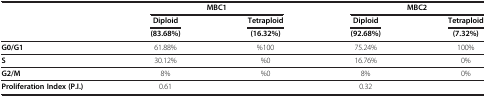
|  | <COLSPAN=2> MBC1 | <COLSPAN=2> MBC2 |
 |  | Diploid | Tetraploid | Diploid | Tetraploid |
 |  | (83.68%) | (16.32%) | (92.68%) | (7.32%) |
 | --- | --- | --- | --- | --- |
 | G0/G1 | 61.88% | %100 | 75.24% | 100% |
 | S | 30.12% | %0 | 16.76% | 0% |
 | G2/M | 8% | %0 | 8% | 0% |
 | Proliferation Index (P.I.) | 0.61 |  | 0.32 |  |